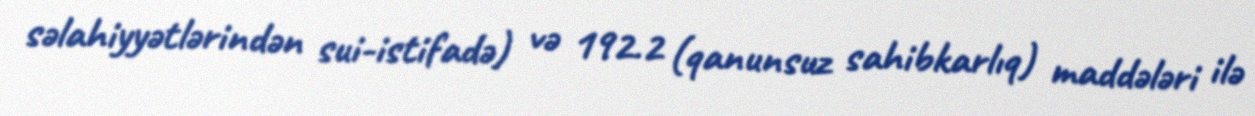
səlahiyyətlərindən sui-istifadə) və 192.2 (qanunsuz sahibkarlıq) maddələri ilə